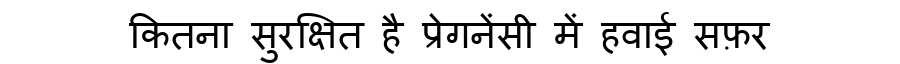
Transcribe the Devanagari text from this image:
कितना सुरक्षित है प्रेगनेंसी में हवाई सफ़र